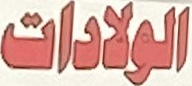
الولادات